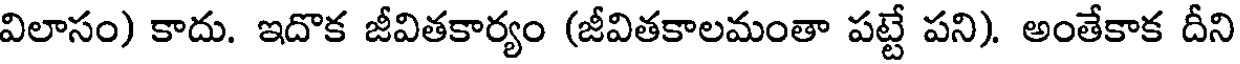
విలాసం) కాదు. ఇదొక జీవితకార్యం (జీవితకాలమంతా పట్టే పని). అంతేకాక దీని